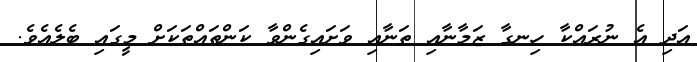
އަދި އެ ނުރައްކާ ހިނގާ ޒަމާނާއި ތަނާއި ވަށައިގެންވާ ކަންތައްތަކަށް މީގައި ބެލެއެވެ.